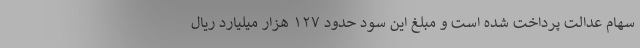
سهام عدالت پرداخت شده است و مبلغ این سود حدود ۱۲۷ هزار میلیارد ریال